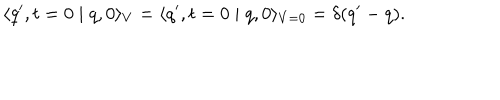
\langle q ^ { \prime } , t = 0 \mid q , 0 \rangle _ { V } = \langle q ^ { \prime } , t = 0 \mid q , 0 \rangle _ { V = 0 } = \delta ( q ^ { \prime } - q ) .